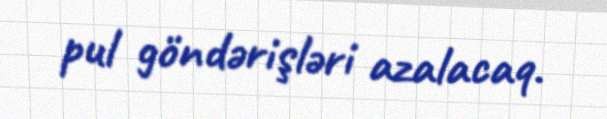
pul göndərişləri azalacaq.